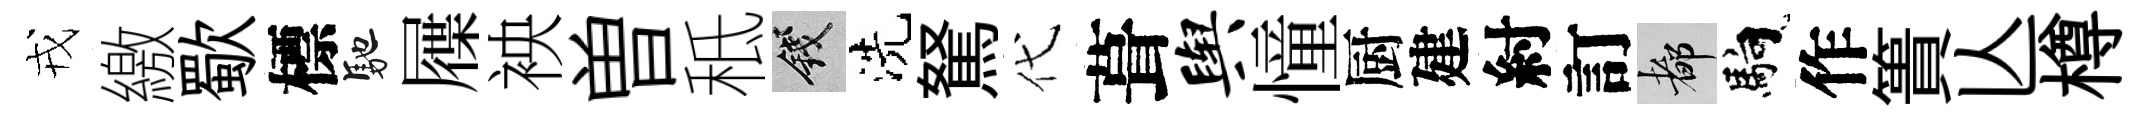
戎繳歜標馳屧䘧曽秪錢洗駑代葺舆憧厨建紂訂都馿作簣亾樽